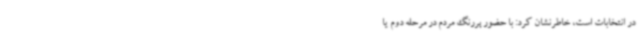
در انتخابات است، خاطرنشان کرد: با حضور پررنگ مردم در مرحله دوم یا